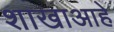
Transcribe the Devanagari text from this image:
शाखाआहे